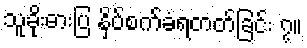
သူခိုးဓားပြ နှိပ်စက်ခံရတတ်ခြင်း ၇။